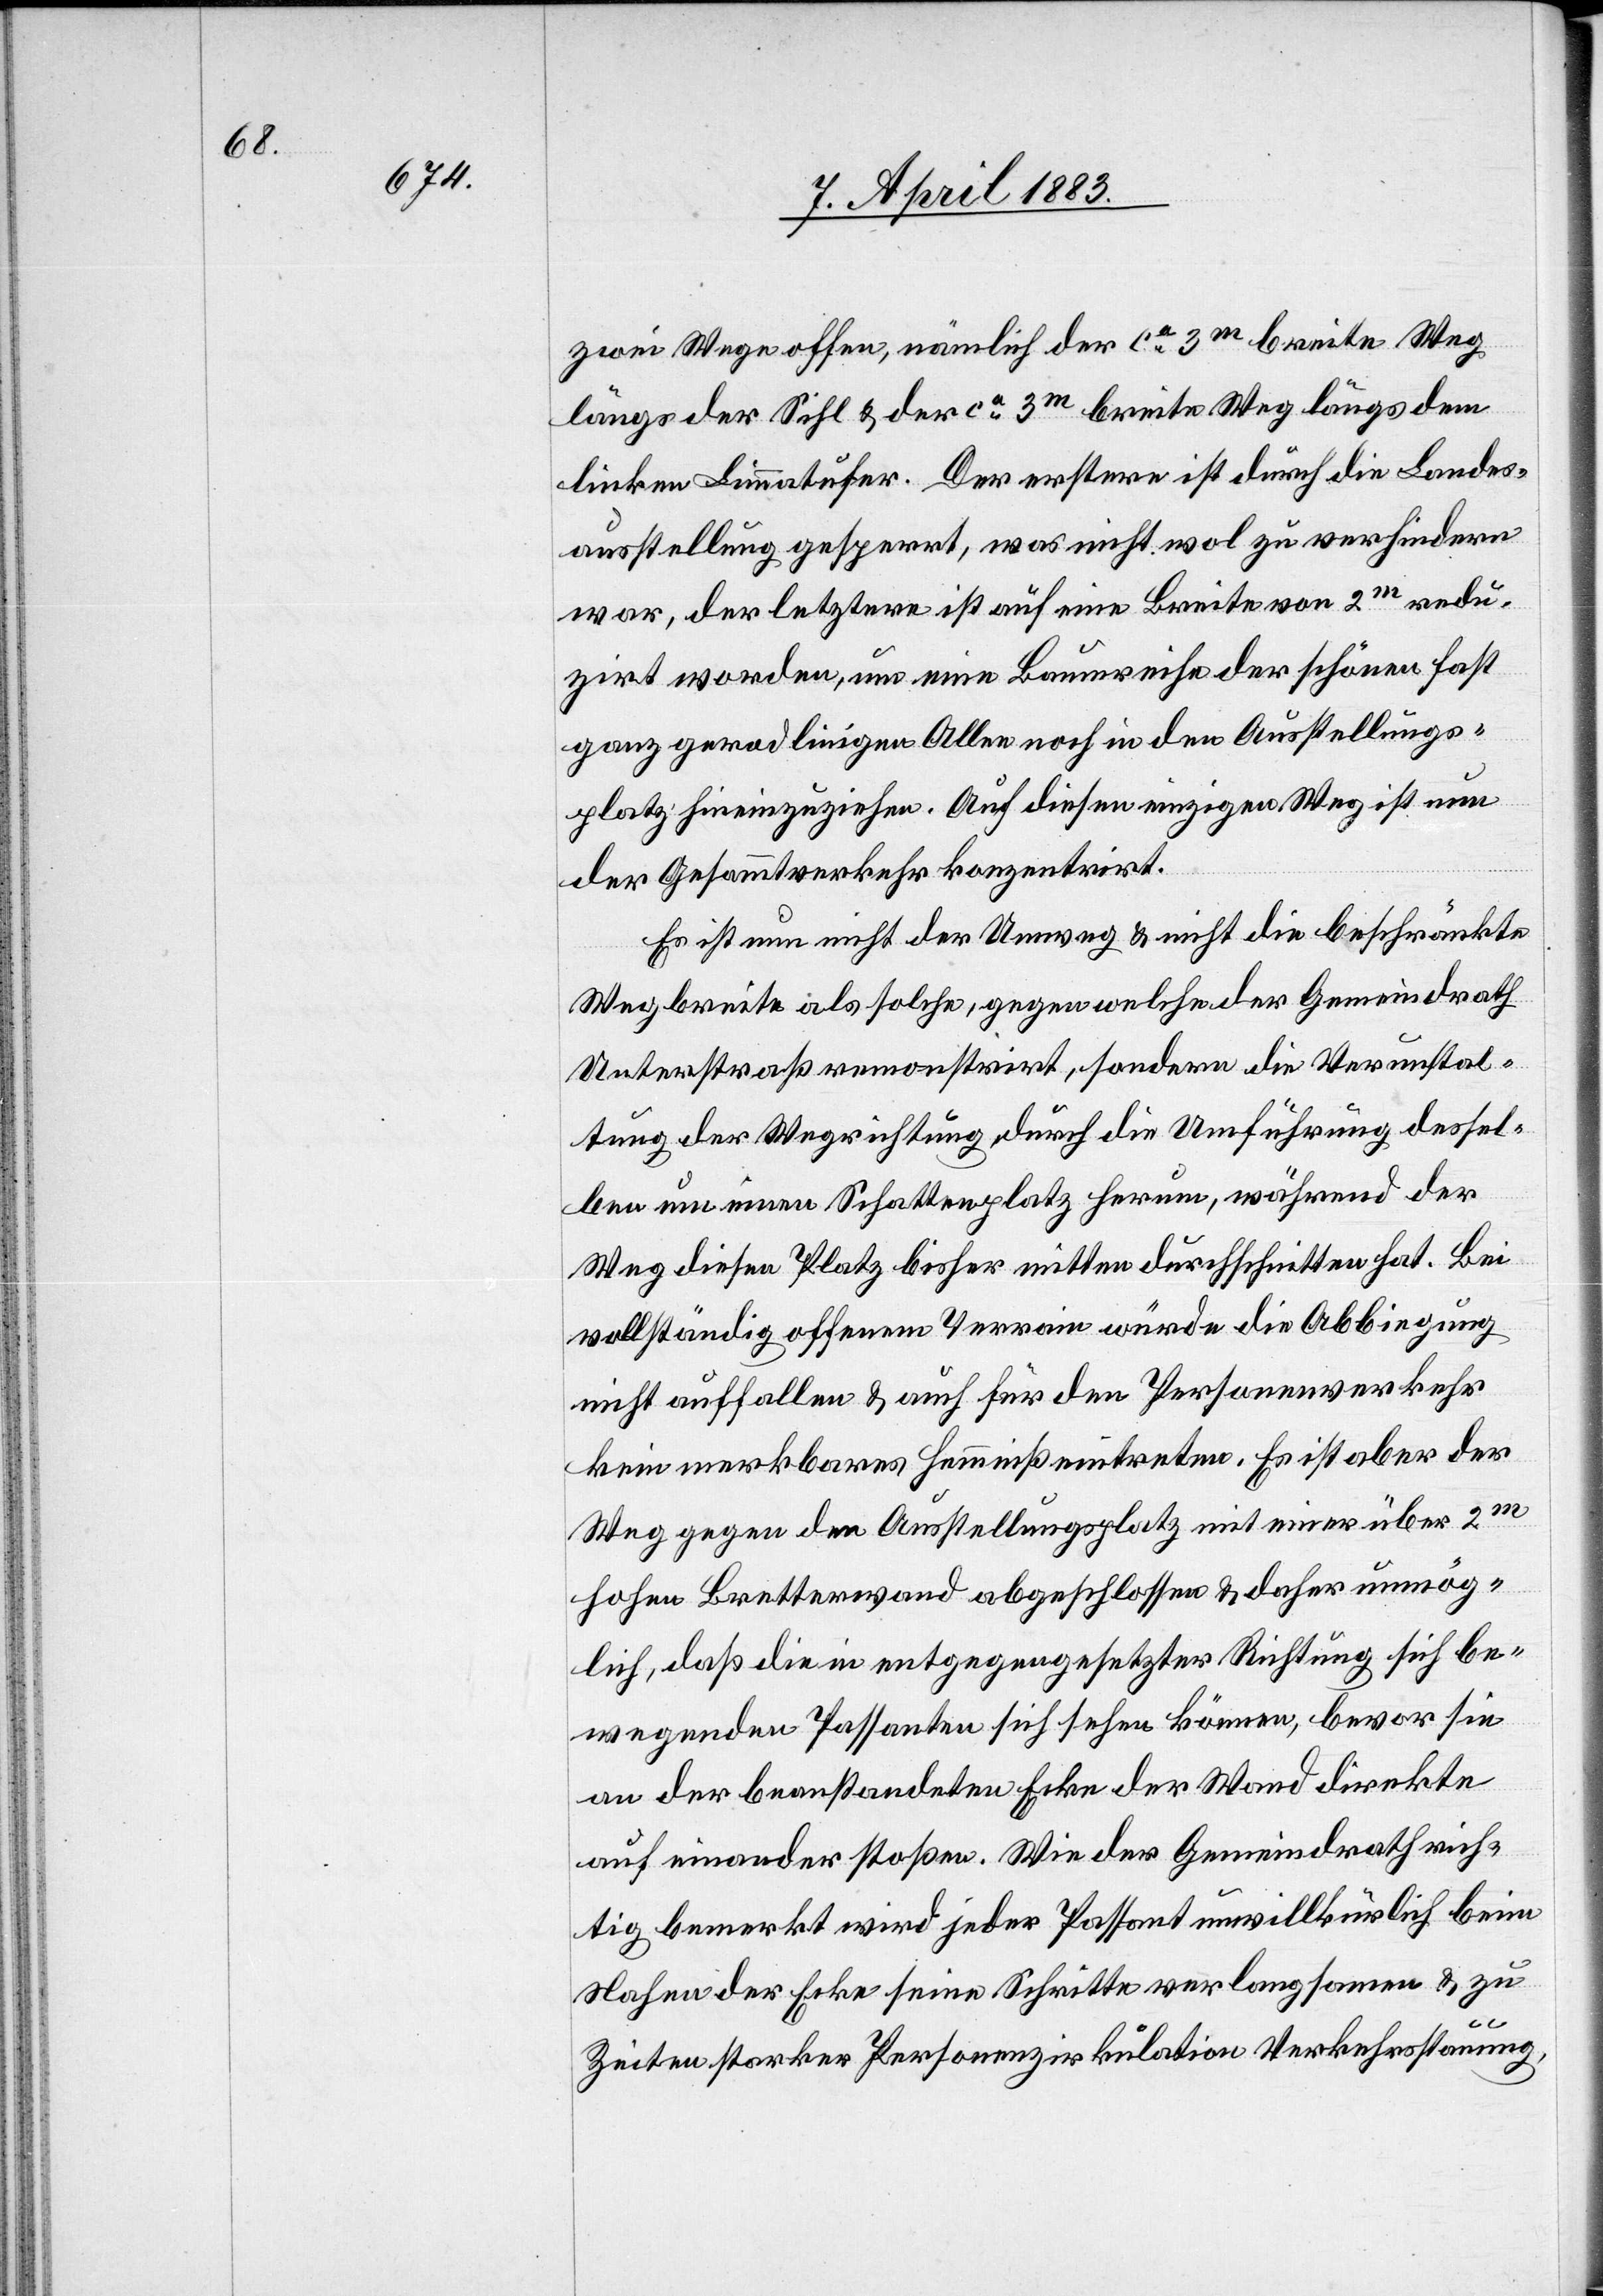
zwei Wege offen, nämlich der ca 3m breite Wege
linken Limmatufer. Der erstere ist durch die Landes¬
ausstellung gesperrt, was nicht wol zu verhindern
war, der letztere ist auf eine Breite von 2m redu¬
zirt worden, um eine Baumreihe der schönen fast
ganz geradlinigen Alee noch in den Ausstellungs¬
platz hineinzuziehen. Auf diesen einzigen Weg ist nun
der Gesammtverkehr konzentrirt.
Es ist nun nicht der Umweg & nicht die beschränkte
Wegbreite als solche, gegen welche der Gemeindrath
Unterstraß remonstrirt, sondern die Verunstal¬
tung der Wegrichtung durch die Umführung dessel¬
ben um einen Schattenplatz herum, während der
Weg diesen Platz bisher mitten durchschritten hat. Bei
vollständig offenem Terrain würde die Abbiegung
nicht auffallen & auch für den Personenverkehr
kein merkbares Hemmniß eintreten. Es ist aber der
Weg gegen den Ausstellungsplatz mit einer über 2m
hohen Bretterwand abgeschlossen & daher unmög¬
lich, daß die in entgegengesetzter Richtung sich be¬
wegenden Passanten sich sehen können, bevor sie
an der beanstandeten Ecke der Wand direkte
auf einander stoßen. Wie der Gemeindrath rich¬
tig bemerkt wird jeder Passant unwillkürlich beim
Nahen der Ecke seine Schritte verlangsamen & zu
Zeiten starker Personenzirkulation Verkehrsstauung,